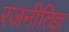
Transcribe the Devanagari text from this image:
रजनीतिज्ञ